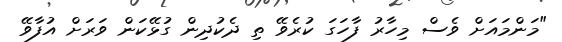
"މަންމައަށް ވެސް މިހާރު ފާހަގަ ކުރެވޭ ތި ދެކުދިން ގުޅޭކަން ވަރަށް އުފާވޭ